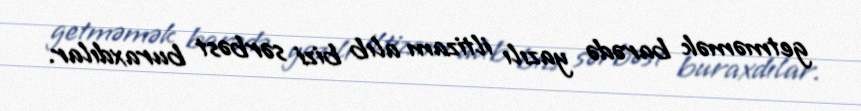
getməmək barədə yazılı iltizam alıb bizi sərbəst buraxdılar.